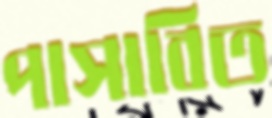
পাসাবিত